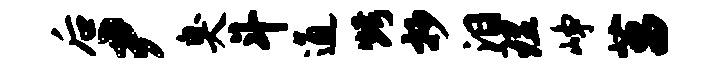
后尹臭斗通烤抄泪理峥菖